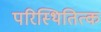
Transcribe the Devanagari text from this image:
परिस्थितित्क